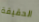
الحقيقة